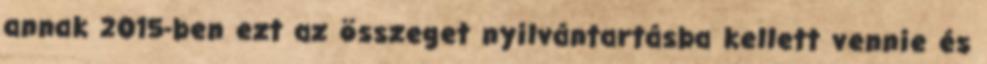
annak 2015-ben ezt az összeget nyilvántartásba kellett vennie és